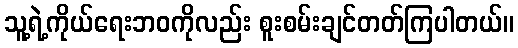
သူ့ရဲ့ကိုယ်ရေးဘဝကိုလည်း စူးစမ်းချင်တတ်ကြပါတယ်။